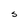
Character: S